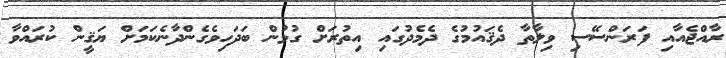
ރާއްޖެއާއި ފަރަންސޭސި ވިލާތާ ދެޤައުމުގެ ދެމެދުގައި އިތުރަށް ގުޅުން ބަދަހިވެގެންދާނެކަމަށް ޔަޤީން ކުރައްވާ